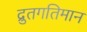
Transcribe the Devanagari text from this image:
द्रुतगतिमान